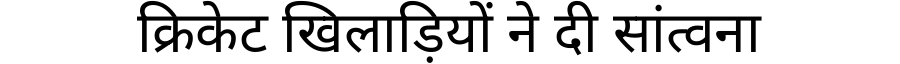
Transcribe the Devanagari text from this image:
क्रिकेट खिलाड़ियों ने दी सांत्वना